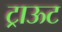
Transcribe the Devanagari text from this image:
ट्राऊट